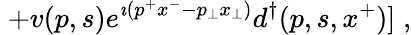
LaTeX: \; +v(p,s)e^{\imath(p^{+}x^{-}-p_{\perp}x_{\perp})}d^{\dagger}(p,s,x^{+})]\; ,